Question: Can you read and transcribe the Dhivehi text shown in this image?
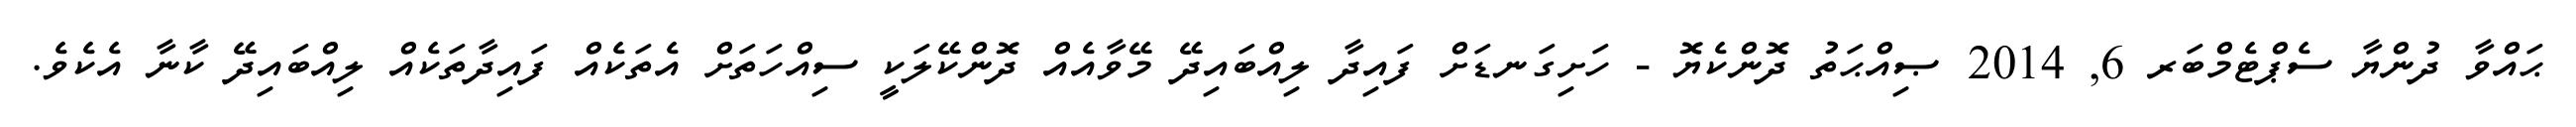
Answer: ޙައްވާ ދުންޔާ ސެޕްޓެމްބަރ 6, 2014 ޞިއްޙަތު ދޮންކެޔޮ - ހަށިގަނޑަށް ފައިދާ ލިއްބައިދޭ މޭވާއެއް ދޮންކޭލަކީ ސިއްހަތަށް އެތަކެއް ފައިދާތަކެއް ލިއްބައިދޭ ކާނާ އެކެވެ.